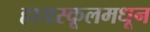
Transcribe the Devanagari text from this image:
हायस्‍कूलमधून